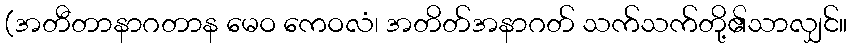
(အတီတာနာဂတာန မေဝ ကေဝလံ၊ အတိတ်အနာဂတ် သက်သက်တို့၏သာလျှင်။